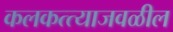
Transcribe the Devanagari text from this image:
कलकत्त्याजवळील